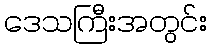
ဒေသကြီးအတွင်း